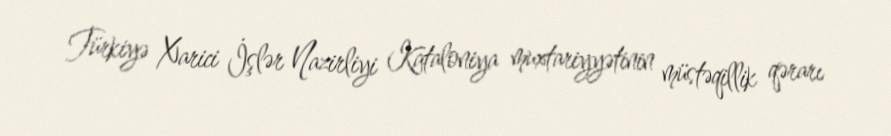
Türkiyə Xarici İşlər Nazirliyi Kataloniya muxtariyyətinin müstəqillik qərarı